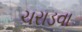
ચરાડવા